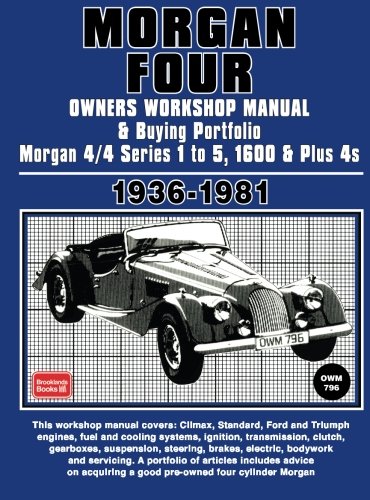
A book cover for Morgan Four Owners Workshop Manual & 'Buying' Portfolio 1936-1981; Brooklands Books Ltd; Engineering & Transportation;